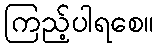
ကြည့်ပါရစေ။